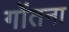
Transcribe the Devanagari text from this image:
गोंतना